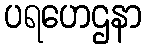
ပရဟေဌနာ